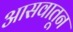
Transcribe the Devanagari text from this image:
आसवातून